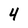
Character: 4